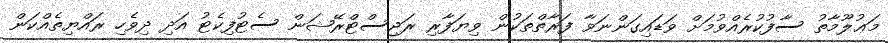
މަޢުލޫމާތު ސާފުކުރެއްވުމަށް ވަޑައިގަންނަވާ ފަރާތްތަކުން ވިޔަފާރި ރަޖިސްޓްރޭޝަން ސެޓުފިކެޓު އަދި ދިވެހި ރައްޔިތެއްކަން